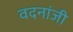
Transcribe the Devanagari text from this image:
वदनांजी